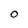
Character: O